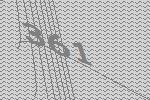
361